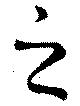
之